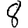
Digit: 8